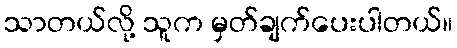
သာတယ်လို့ သူက မှတ်ချက်ပေးပါတယ်။